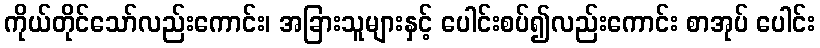
ကိုယ်တိုင်သော်လည်းကောင်း၊ အခြားသူများနှင့် ပေါင်းစပ်၍လည်းကောင်း စာအုပ် ပေါင်း